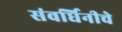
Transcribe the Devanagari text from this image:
संवर्धिनीचे